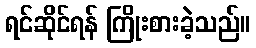
ရင်ဆိုင်ရန် ကြိုးစားခဲ့သည်။